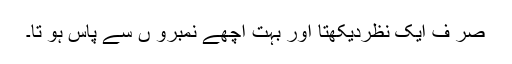
صر ف ایک نظردیکھتا اور بہت اچھے نمبرو ں سے پاس ہو تا۔